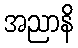
အညာနိ